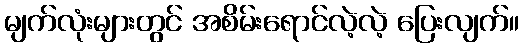
မျက်လုံးများတွင် အစိမ်းရောင်လဲ့လဲ့ ပြေးလျက်။